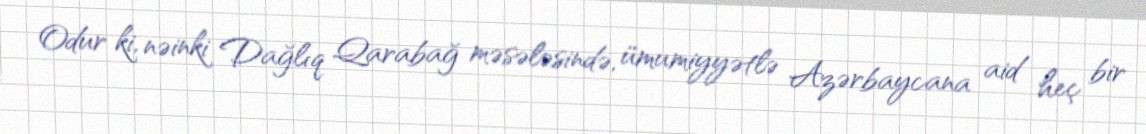
Odur ki, nəinki Dağlıq Qarabağ məsələsində, ümumiyyətlə Azərbaycana aid heç bir